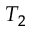
T _ { 2 }